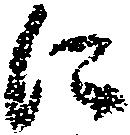
に